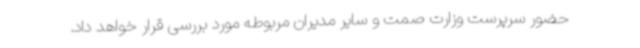
حضور سرپرست وزارت صمت و سایر مدیران مربوطه مورد بررسی قرار خواهد داد.